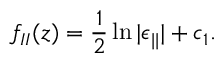
f _ { I I } ( z ) = \frac { 1 } { 2 } \ln | \epsilon _ { | | } | + c _ { 1 } .